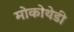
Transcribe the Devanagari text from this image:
मोकोथेडी